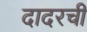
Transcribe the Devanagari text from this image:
दादरची